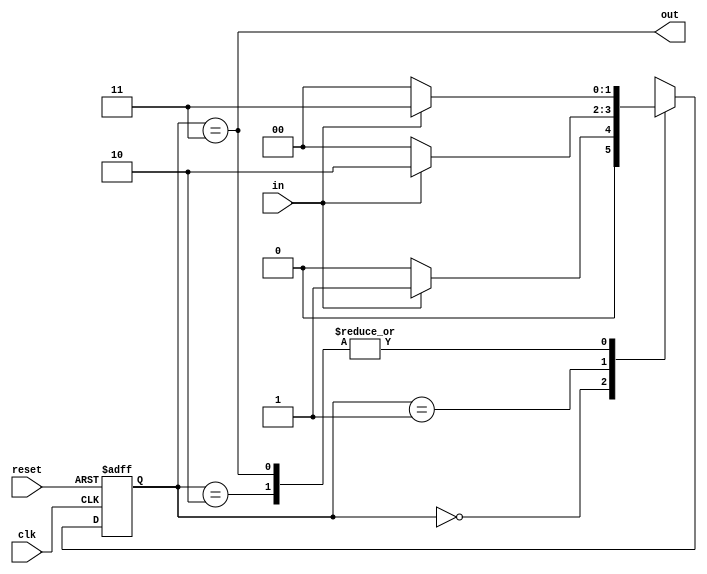
module mealy_seq_nonover(
  input wire clk,
  input wire reset,
  input wire in,
  output wire out
);
  
  reg[1:0] state;

  always @(posedge clk or posedge reset ) begin
    if(reset)
      state <=2'b00;
    else
      case(state)
        2'b00: if(in) state <= 2'b01; else state <=2'b00;
        2'b01: if(in) state <= 2'b10; else state <=2'b00;
        2'b10: if(in) state <= 2'b11; else state <=2'b00;
        2'b11: if(in) state <= 2'b11; else state <=2'b00;
      endcase
    end

    assign out = (state == 2'b11);
endmodule

module tb_mealy_seq_nonover;
reg clk;
reg reset;
reg in;
wire out;

mealy_seq_nonover m1(.clk(clk), .reset(reset), .in(in), .out(out));

initial begin
  clk = 0;
  reset = 1;
  in = 0;

  reset = 0;

  #10 reset = 1;
  in = 1;

  #10 in = 0;
  in = 1;
  #10 in = 1;
  in = 0;
  #10 in = 1;
  in = 1;
  #10 in = 0;
  in = 0;
  $stop;
end
  always #5 clk = ~clk;
endmodule